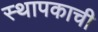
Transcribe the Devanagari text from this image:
स्थापकाची